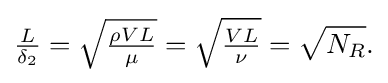
{\tfrac {L}{\delta _{2}}}={\sqrt {\tfrac {\rho VL}{\mu }}}={\sqrt {\tfrac {VL}{\nu }}}={\sqrt {N_{R}}}.\,\!